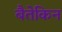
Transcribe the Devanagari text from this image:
बैतेकिन